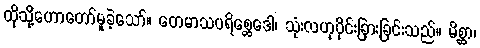
ထိုသို့ဟောတော်မူခဲ့သော်။ တေမာသပရိစ္ဆေဒေါ၊ သုံးလဟုပိုင်းခြားခြင်းသည်။ မိစ္ဆာ၊